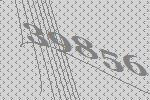
39856